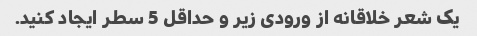
یک شعر خلاقانه از ورودی زیر و حداقل 5 سطر ایجاد کنید.